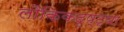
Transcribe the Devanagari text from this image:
लौकिकदृष्ट्या